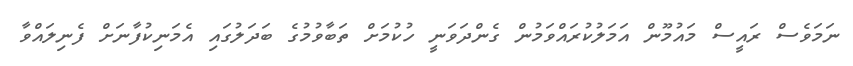
ނަމަވެސް ރައީސް މައުމޫން އަމަލުކުރައްވަމުން ގެންދަވަނީ ހުކުމަށް ތަބާވުމުގެ ބަދަލުގައި އެމަނިކުފާނަށް ފެނިލައްވާ